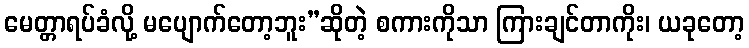
မေတ္တာရပ်ခံလို့ မပျောက်တော့ဘူး”ဆိုတဲ့ စကားကိုသာ ကြားချင်တာကိုး၊ ယခုတော့